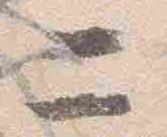
二